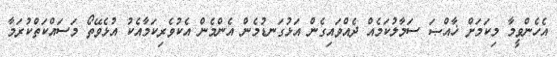
އެހެންވީމާ މިކަމަށް ޚާއްޞަ ސަމާލުކަމެއް ދެއްވައިގެން އަޅުގަނޑުމެން އެންމެން އެކުވެރިކަމާއެކު އުޅެވޭތޯ މަސައްކަތްކުރަމާ